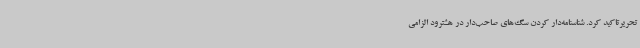
تحریرتاکید کرد. شناسنامه‌دار کردن سگ‌های صاحب‌دار در هشترود الزامی